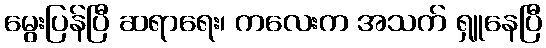
မွေးပြန်ပြီ ဆရာရေး၊ ကလေးက အသက် ရှူနေပြီ